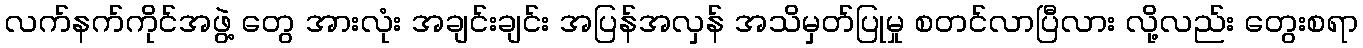
လက်နက်ကိုင်အဖွဲ့ တွေ အားလုံး အချင်းချင်း အပြန်အလှန် အသိမှတ်ပြုမှု စတင်လာပြီလား လို့လည်း တွေးစရာ